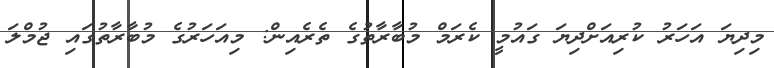
މިދިޔަ އަހަރު ކުރިއަށްދިޔަ ގައުމީ ކެރަމް މުބާރާތުގެ ތެރެއިން: މިއަހަރުގެ މުބާރާތުގައި ޖުމްލަ